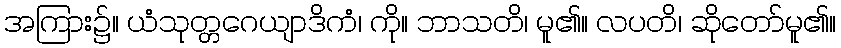
အကြား၌။ ယံသုတ္တဂေယျာဒိကံ၊ ကို။ ဘာသတိ၊ မူ၏။ လပတိ၊ ဆိုတော်မူ၏။